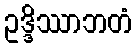
ဥဒ္ဒိဿာဘတံ